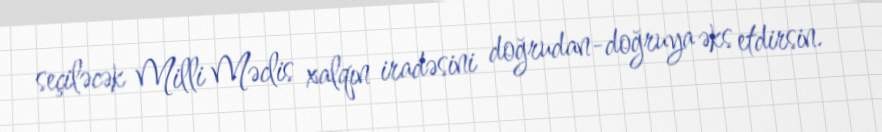
seçiləcək Milli Məclis xalqın iradəsini doğrudan-doğruya əks etdirsin.